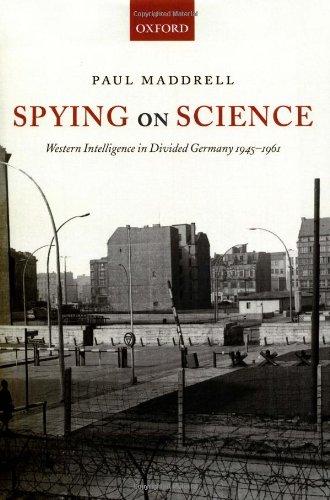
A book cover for Spying on Science: Western Intelligence in Divided Germany 1945-1961; Paul Maddrell; History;